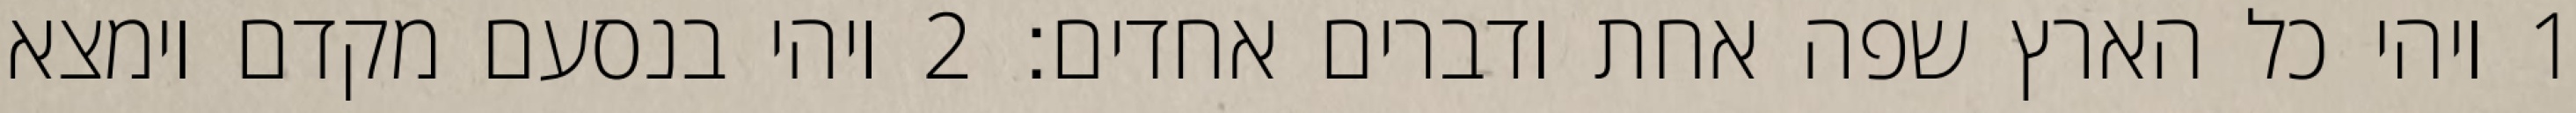
1 ויהי כל הארץ שפה אחת ודברים אחדים׃ ‎2‏ ויהי בנסעם מקדם וימצאו